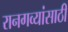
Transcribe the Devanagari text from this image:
रानगव्यांसाठी